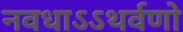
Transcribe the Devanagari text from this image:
नवधाऽऽथर्वणो